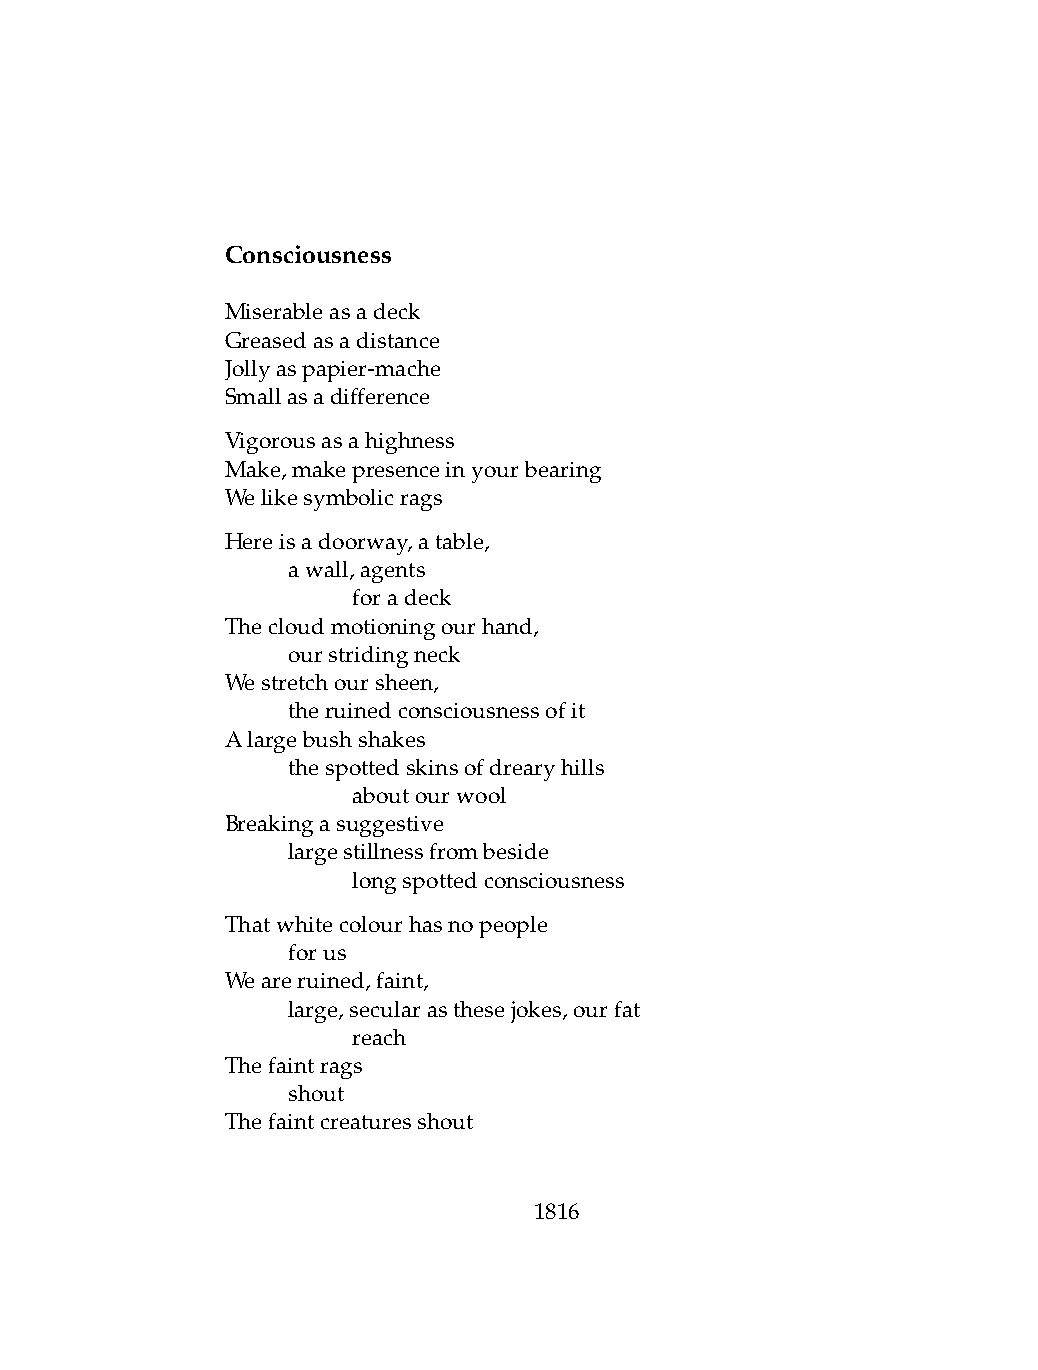
Consciousness
 Miserableasadeck
 Greasedasadistance
 Jollyaspapier-mache
 Smallasadifference
 Vigorousasahighness
 Make,makepresenceinyourbearing
 Welikesymbolicrags
 Hereisadoorway,atable,
 .   awall,agents
 .   .   foradeck
 Thecloudmotioningourhand,
 .   ourstridingneck
 Westretchoursheen,
 .   theruinedconsciousnessofit
 Alargebushshakes
 .   thespottedskinsofdrearyhills
 .   .   aboutourwool
 Breakingasuggestive
 .   largestillnessfrombeside
 .   .   longspottedconsciousness
 Thatwhitecolourhasnopeople
 .   forus
 Weareruined,faint,
 .   large,secularasthesejokes,ourfat
 .   .   reach
 Thefaintrags
 .   shout
 Thefaintcreaturesshout
 1816